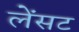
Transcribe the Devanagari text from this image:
लेंसट